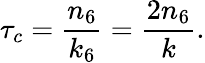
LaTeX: \tau_{c}=\frac{n_{6}}{k_{6}}=\frac{2n_{6}}{k}.